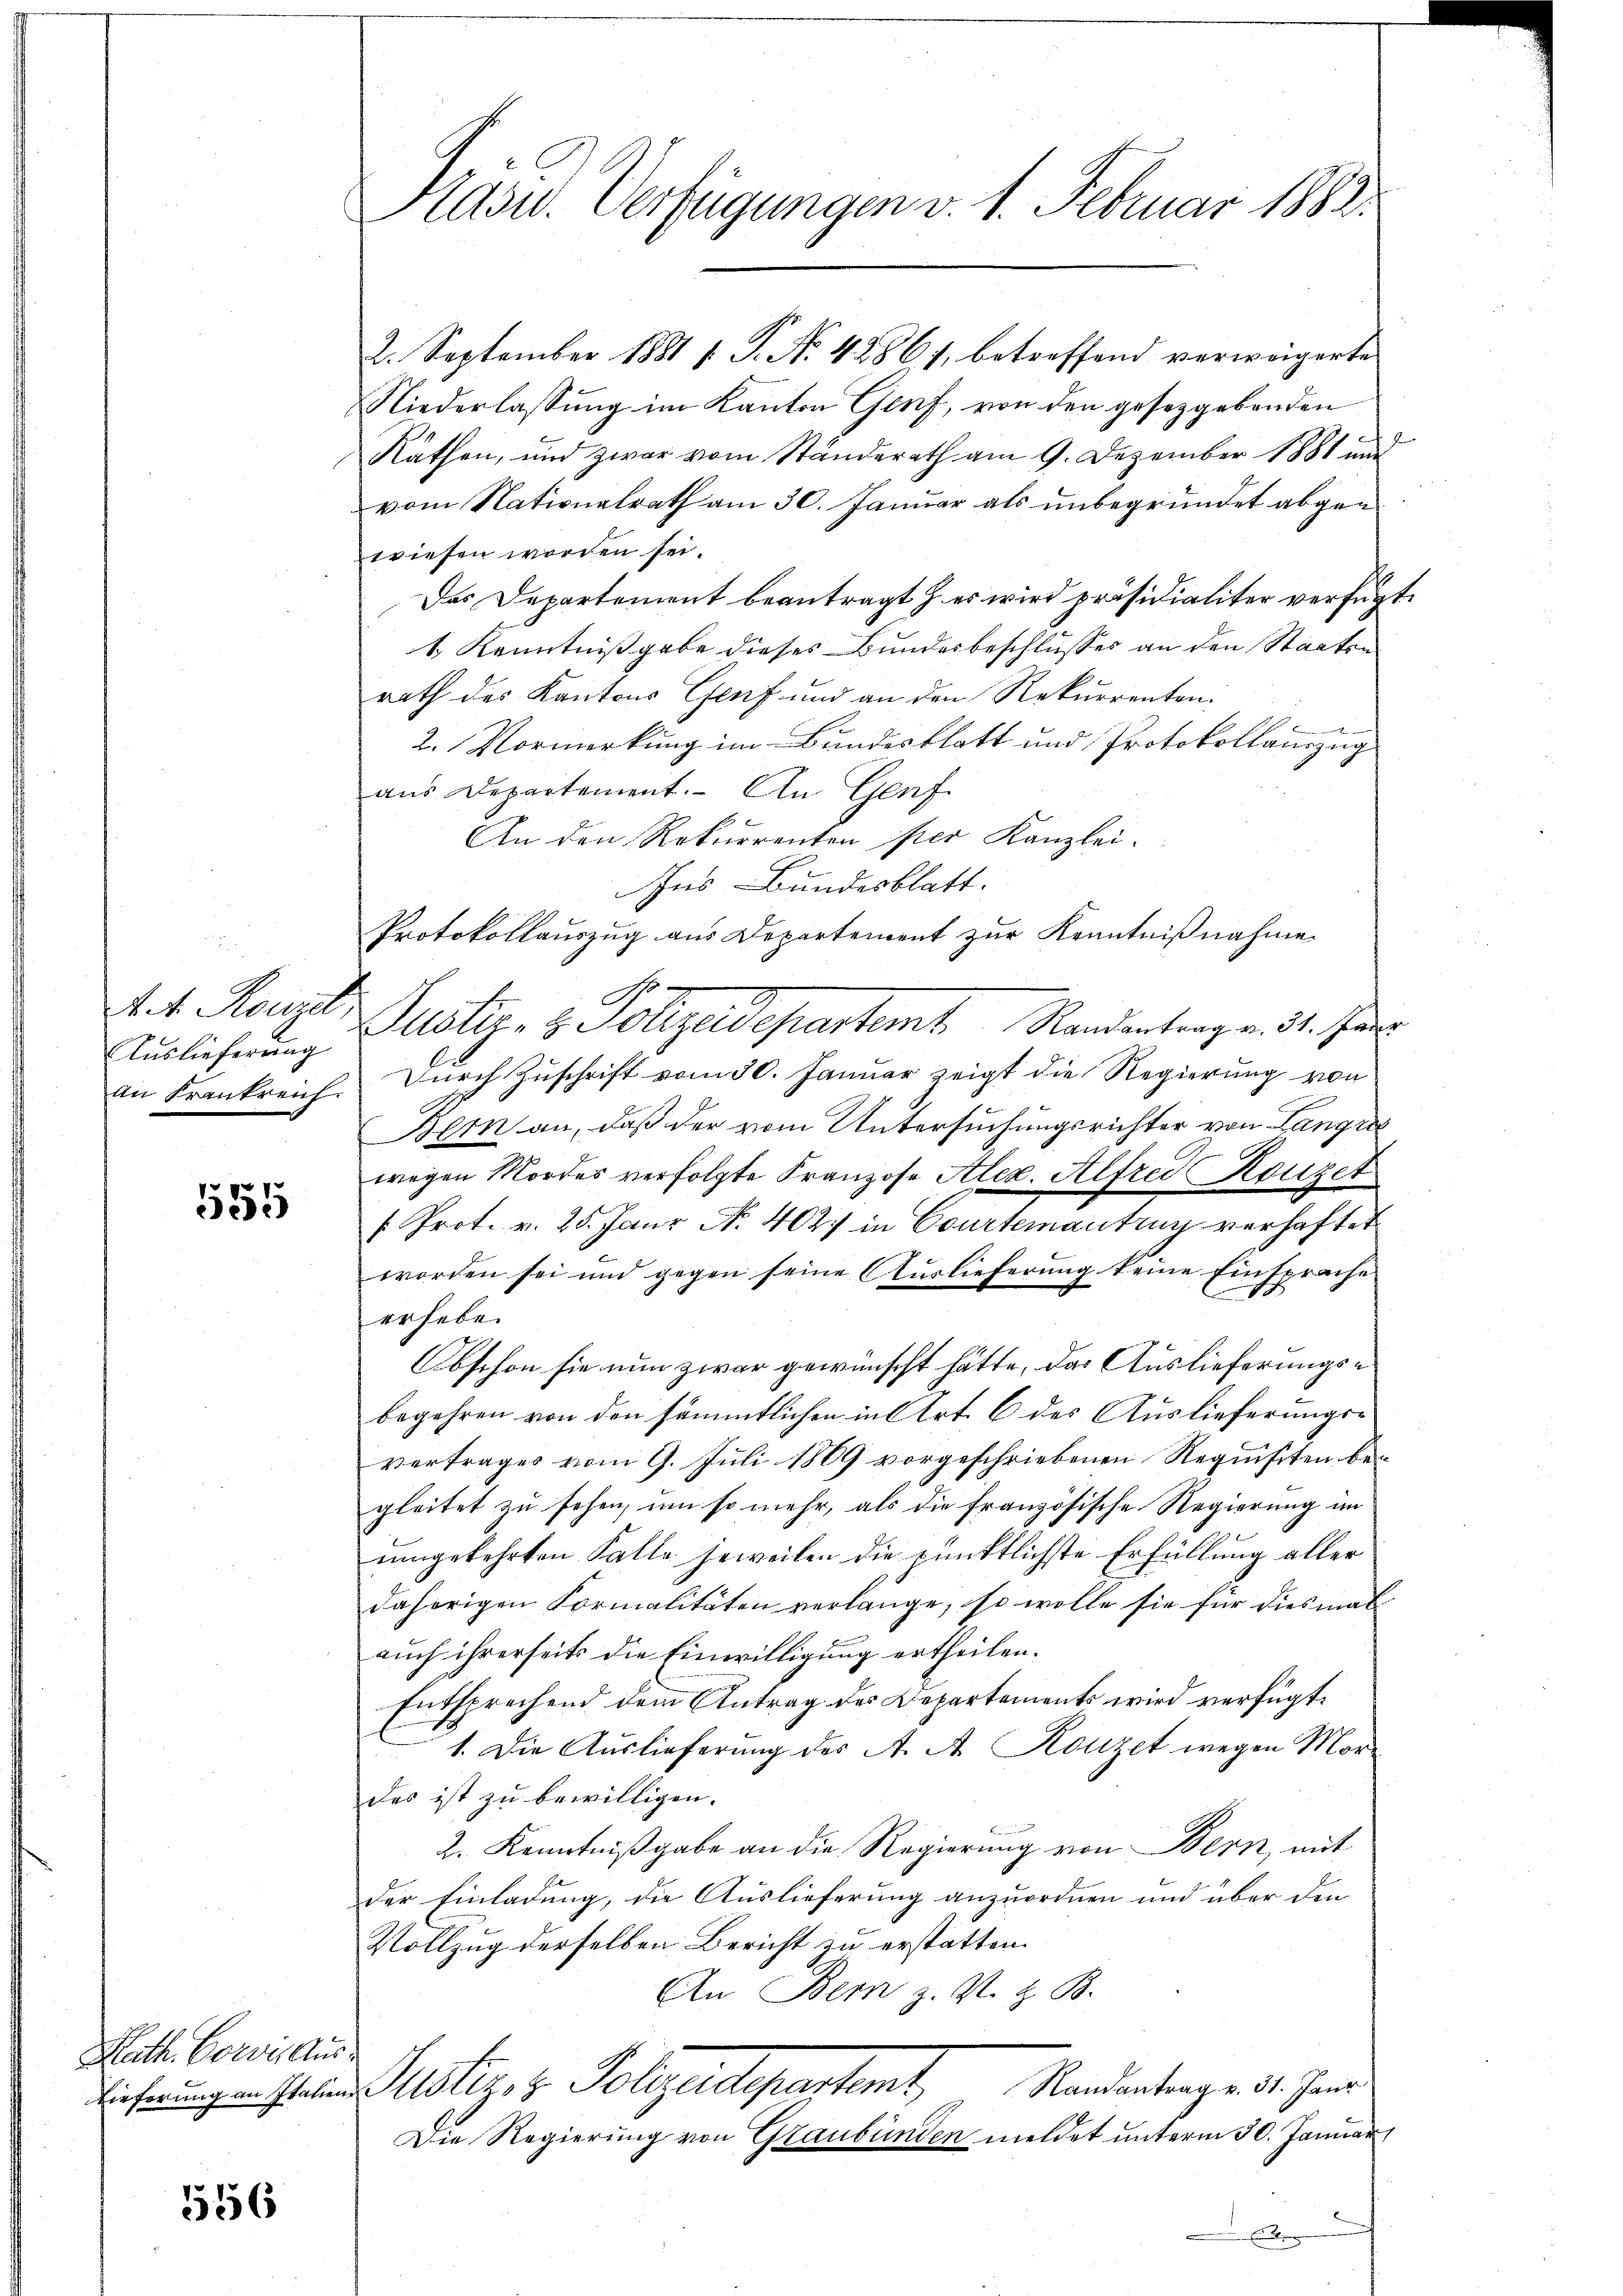
u
4. 4. Reugel,
Auslieferung

155

Kath. Corvis Aus¬

556

2. September 1881 f. P. Nr. 42861, betreffend verweigerte
Niederlassung im Kanton Genf, von den gesetzgebenden
2
Räthen, und zwar vom Ständerath am 9. Dezember 1881 und
vom Nationalrath am 30. Januar als unbegründet abgen
wiesen worden sei.
Das Departement beantragt h. es wird präsidialiter verfügt:
1 Kenntnißgabe dieses Bundesbeschlusses an den Staaten
rath des Kantons Genf und an den Rekurrenten.
2. Vormerkung im Bundesblatt und Protokollauszug
aus Departement. An Genf
An den Rekurrenten per Kanzlei-
Ins Bundesblatt.
Protokollauszug aus Departement zur Kenntnißnahme
Justiz- & Polizedepartem Randentrag v. 31. Jan
an Frankreich. Durch Zuschrift vom 30. Januar zeigt die Regierung von
Bern an, daß der vom Untersuchungsrichter von Langre
wegen Nordes verfolgte Franzose Alex. Alfred Konzet
/Prot. v. 25. Janr No. 4027 in Courtementrug verhaftet
worden sei und gegen seine Auslieferung keine Einsprache
erhebe.
bschon sie nun zwar gewünscht hätte, das Auslieferungsbegehren von den sämmtlichen in Art. 6 des Auslieferungsvertrages vom 9. Juli 1869 vorgeschriebenen Requisiten begleitet zu sehen, um so mehr, als die französische Regierung im
umgekehrten Falle jeweilen die pünktlichste Erfüllung aller
daherigen Formalitäten verlange, so wolle sie für diesmal
auch ihrerseits die Einwilligung ertheilen.
Entsprechend dem Antrag des Departements wird verfügt,
1. Die Auslieferung des A. A. Konzet wegen Mordes ist zu bewilligen.
2. Kenntnißgabe an die Regierung von Bern, mit
der Einladung, die Auslieferung anzuordnen und über den
Vollzug derselben Bericht zu erstatten.
An Bern z. S. z. B.
Randantrag v. 31. Janr
Riecherungen haben Motizez Polizeidepartent
Die Regierung von Graubünden meldet unterm 30. Januar
E

Präsid. Verfügungen v. 1. Februar 1883